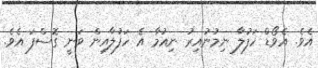
އެވެ. އެވޯޑް ހަފުލާ ނިމުނުއިރު ނިއުމާ އެ ހަފުލާއިން ވަނީ ގޮސްފަ އެވެ.